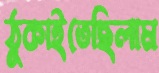
ঠুকাইতেছিলাম